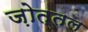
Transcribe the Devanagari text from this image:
ज़ोत्तल